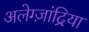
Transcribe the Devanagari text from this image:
अलेग्ज़ांद्रिया